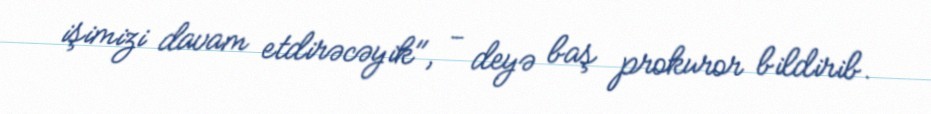
işimizi davam etdirəcəyik", - deyə baş prokuror bildirib.